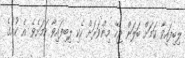
ލިބިފައިވާ ކަމަށް ބަލަން ޖެހޭ މިންވަރަށް ހެކި ލިބިފައިވާ ކަމަށެވެ. އެ ކުށުގެ